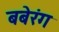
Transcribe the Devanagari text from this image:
बबेरंग